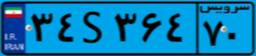
۳۴S۳۶۴۷۰